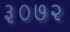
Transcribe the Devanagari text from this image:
३०७२